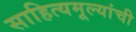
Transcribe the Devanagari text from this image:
साहित्यमूल्यांची